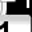
Digit: 1